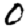
Digit: 0